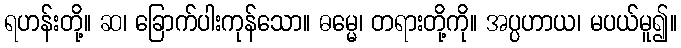
ရဟန်းတို့။ ဆ၊ ခြောက်ပါးကုန်သော။ ဓမ္မေ၊ တရားတို့ကို။ အပ္ပဟာယ၊ မပယ်မူ၍။